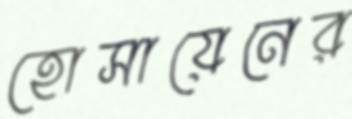
হোসায়েনের